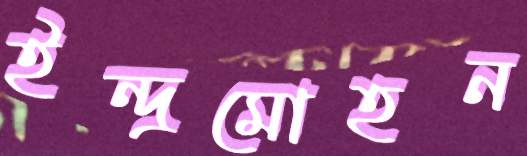
ইন্দ্রমোহন